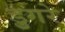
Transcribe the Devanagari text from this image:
डुगरे